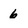
Character: 6